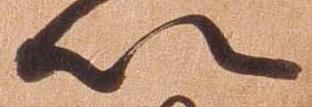
以